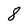
Character: 8